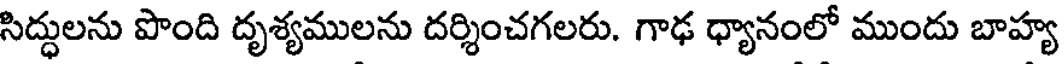
సిద్ధులను పొంది దృశ్యములను దర్శించగలరు. గాఢ ధ్యానంలో ముందు బాహ్య